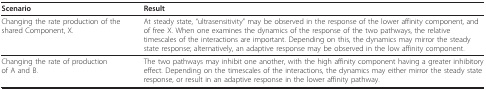
<table><thead><tr><td><b>Scenario</b></td><td><b>Result</b></td></tr></thead><tbody><tr><td>Changing the rate production of the shared Component, X.</td><td>At steady state, &quot;ultrasensitivity&quot; may be observed in the response of the lower affinity component, and of free X. When one examines the dynamics of the response of the two pathways, the relative timescales of the interactions are important. Depending on this, the dynamics may mirror the steady state response; alternatively, an adaptive response may be observed in the low affinity component.</td></tr><tr><td>Changing the rate of production of A and B.</td><td>The two pathways may inhibit one another, with the high affinity component having a greater inhibitory effect. Depending on the timescales of the interactions, the dynamics may either mirror the steady state response, or result in an adaptive response in the lower affinity pathway.</td></tr></tbody></table>